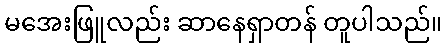
မအေးဖြူလည်း ဆာနေရှာတန် တူပါသည်။